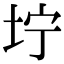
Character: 坾